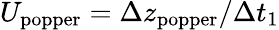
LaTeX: U_{\mathrm{popper}}=\Delta z_{\mathrm{popper}}/\Delta t_{1}